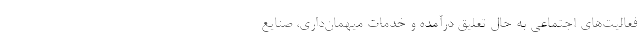
فعالیت‌های اجتماعی به حال تعلیق درآمده و خدمات میهمان‌داری، صنایع